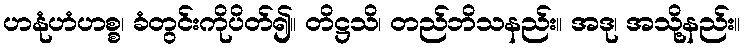
ဟနုံဟံဟစ္စ၊ ခံတွင်းကိုပိတ်၍။ တိဋ္ဌသိ၊ တည်ဘိသနည်း။ အဒု၊ အသို့နည်း။